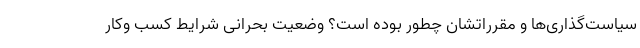
سیاست‌گذاری‌ها و مقرراتشان چطور بوده است؟ وضعیت بحرانی شرایط کسب وکار